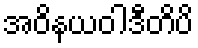
အဝိနယဝါဒီတိပိ